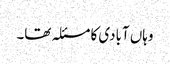
وہاں آبادی کا مسئلہ تھا۔